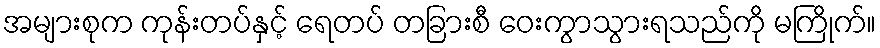
အများစုက ကုန်းတပ်နှင့် ရေတပ် တခြားစီ ဝေးကွာသွားရသည်ကို မကြိုက်။